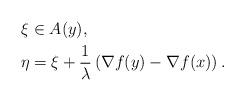
LaTeX: \begin{align*}\xi &\in A(y),\\\eta&=\xi+\frac{1}{\lambda}\left(\nabla f(y)-\nabla f(x)\right).\end{align*}